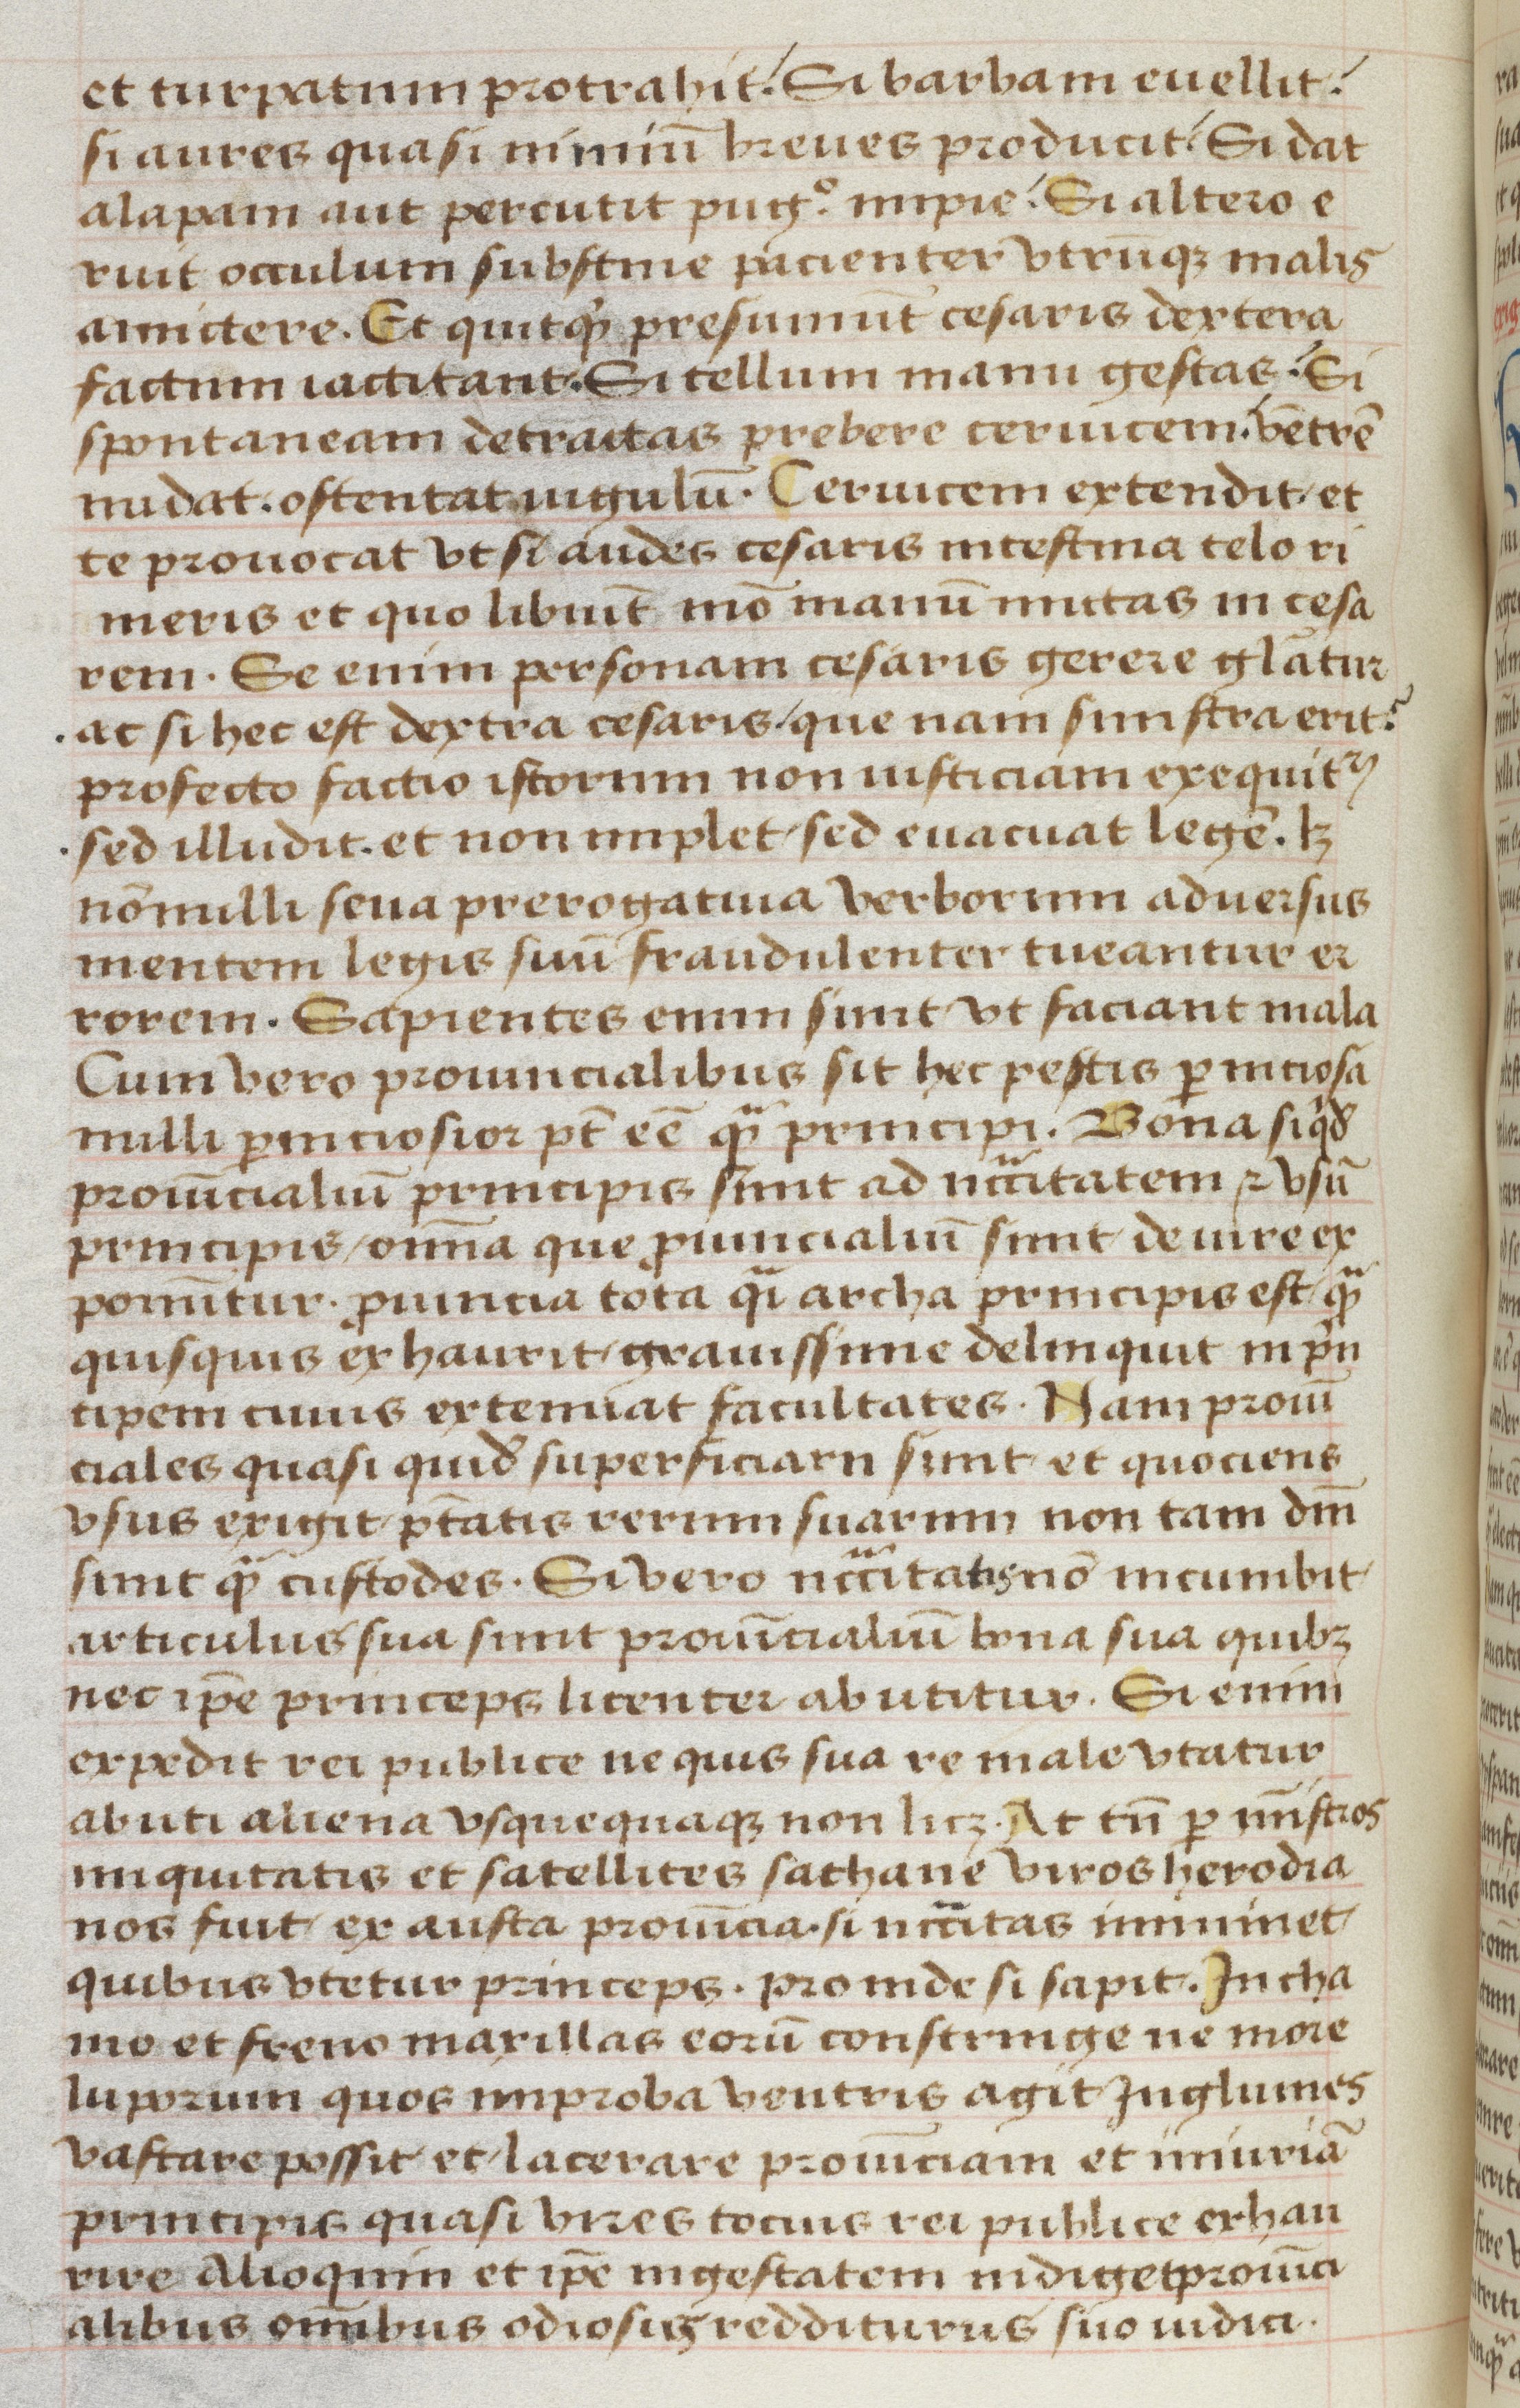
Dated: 1470–1499